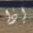
إذا